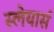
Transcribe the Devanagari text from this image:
स्लेयार्स